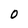
Character: 0